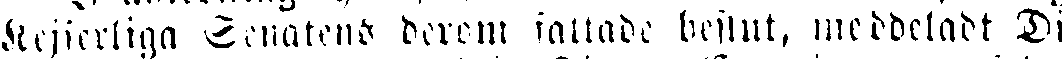
Kejserliga Senatens beröm fattade beslut, meddeladt Di